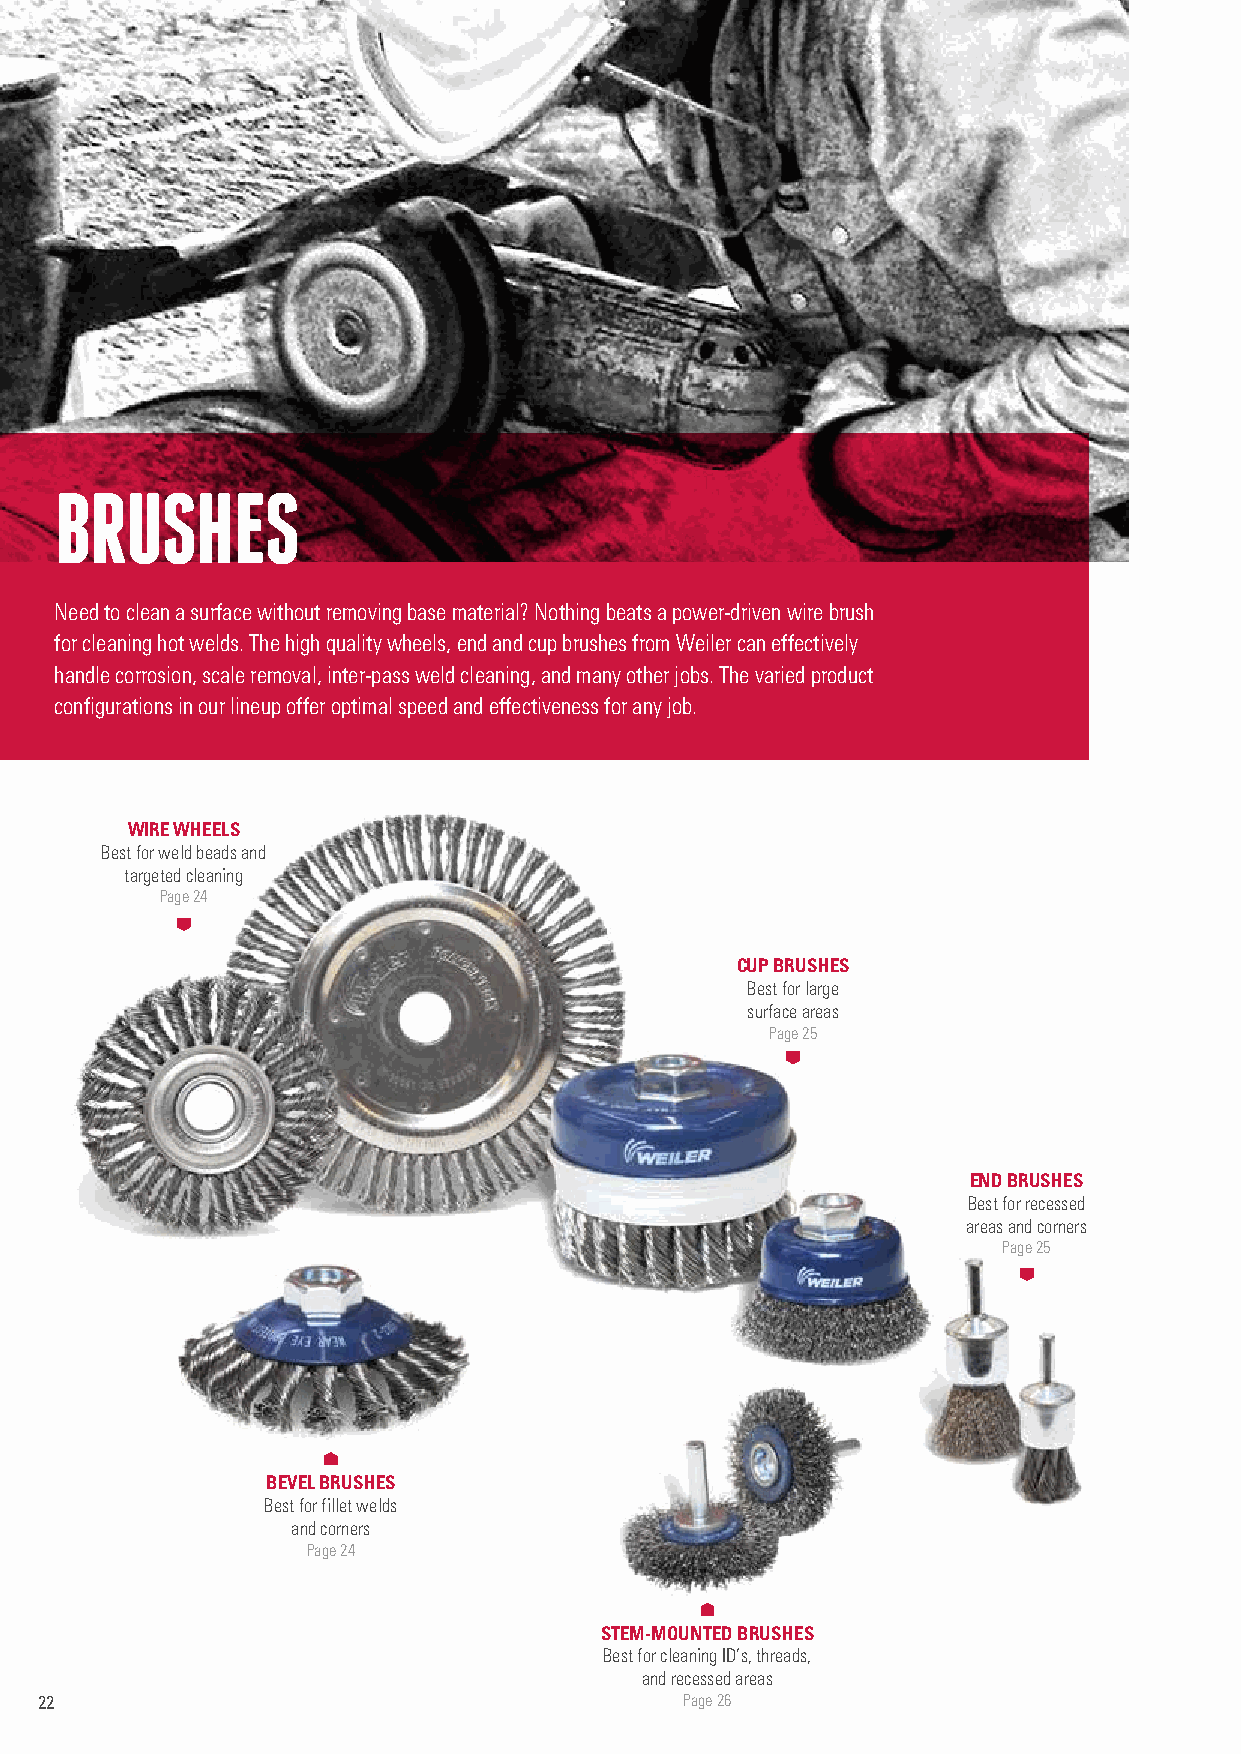
BRUSHES
 Need to clean a surface without removing base material? Nothing beats a power-driven wire brush
 for cleaning hot welds. The high quality wheels, end and cup brushes from Weiler can effectively
 handle corrosion, scale removal, inter-pass weld cleaning, and many other jobs. The varied product
 configurations in our lineup offer optimal speed and effectiveness for any job.
 WIRE WHEELS
 Best for weld beads and
 targeted cleaning
 Page 24
 CUP BRUSHES
 Best for large
 surface areas
 Page 25
 END BRUSHES
 Best for recessed
 areas and corners
 Page 25
 BEVEL BRUSHES
 Best for fillet welds
 and corners
 Page 24
 STEM-MOUNTED BRUSHES
 Best for cleaning ID’s, threads,
 and recessed areas
 22                                         Page 26